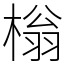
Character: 㮬